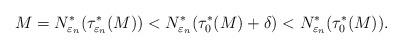
LaTeX: \begin{align*}M=N^*_{\varepsilon_n}(\tau^*_{\varepsilon_n}(M)) <N^*_{\varepsilon_n}(\tau_0^*(M)+\delta) < N_{\varepsilon_n}^*(\tau_0^*(M)).\end{align*}